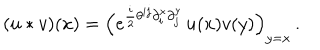
( u * v ) ( x ) = \Bigl ( e ^ { \frac i 2 \theta ^ { i j } \partial _ { i } ^ { x } \partial _ { j } ^ { y } } \, u ( x ) v ( y ) \Bigr ) _ { y = x } \, .